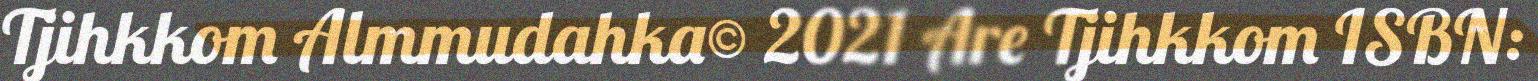
Tjihkkom Almmudahka© 2021 Are Tjihkkom ISBN: